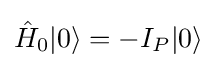
{\hat {H}}_{0}|0\rangle =-I_{P}|0\rangle